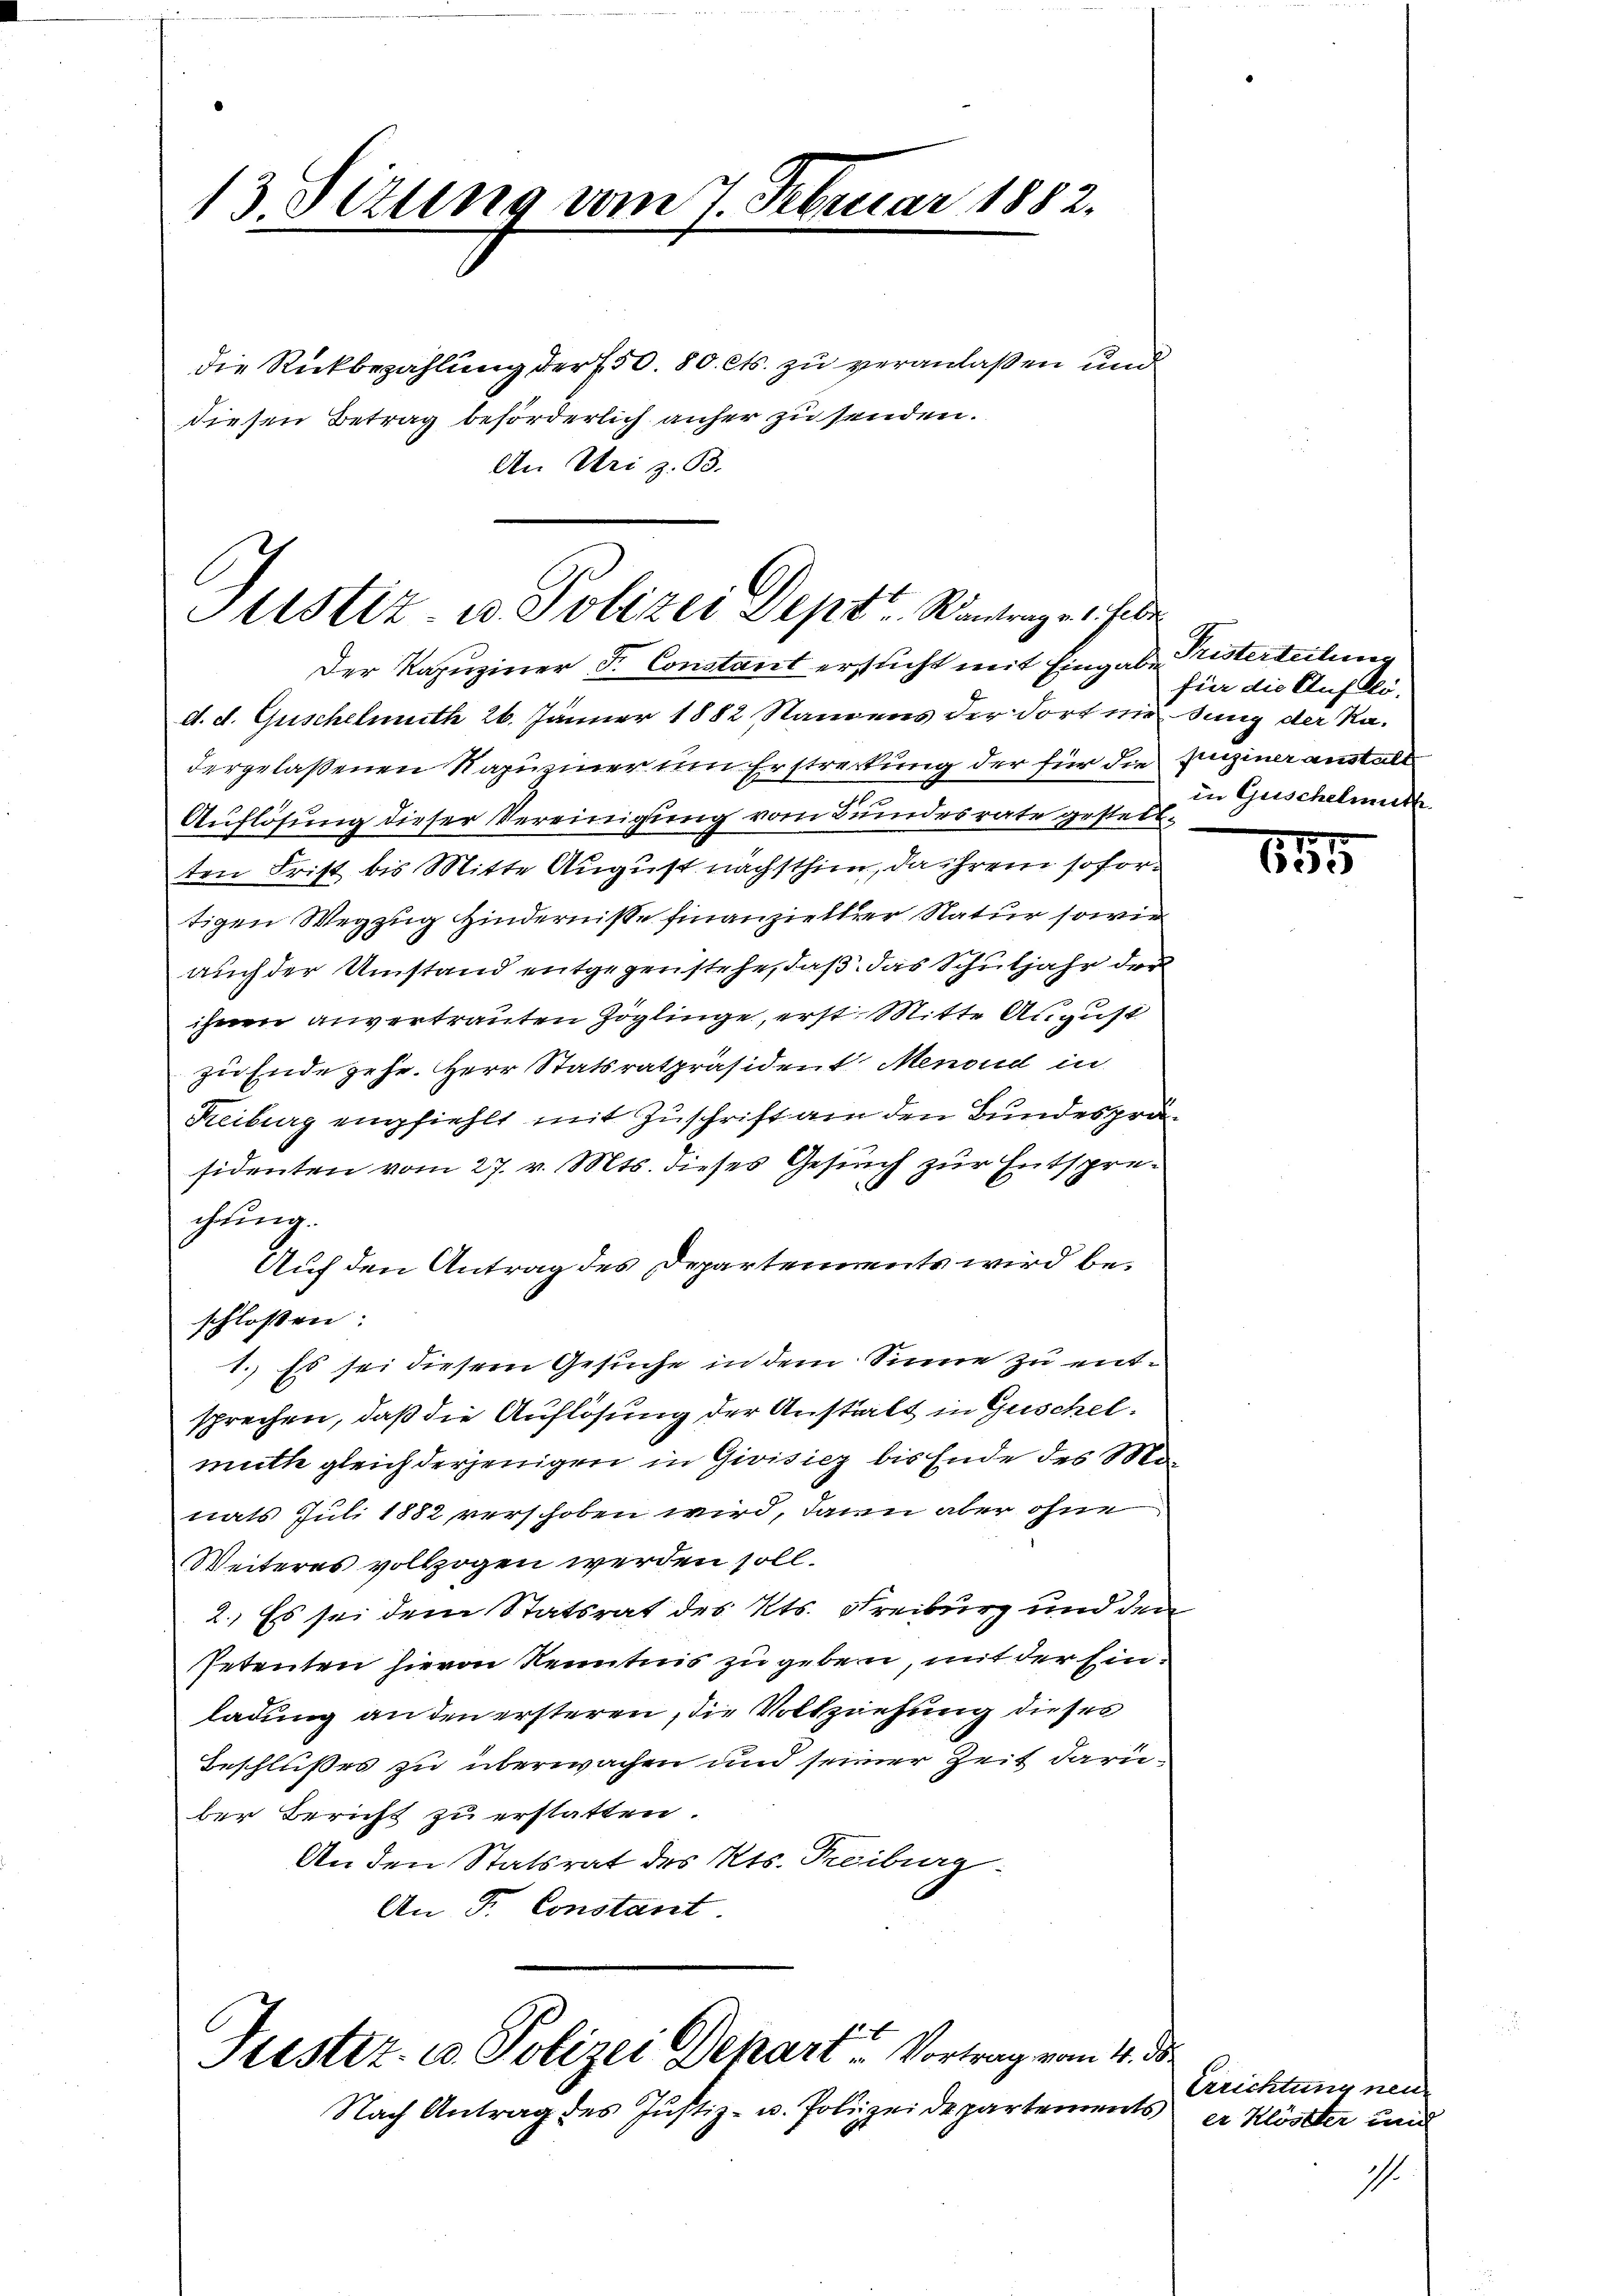
13 Titung vom 7. Februar 1882.

die Rückbezahlung der 750. 80. Cts. zu veranlaßen und
diesen Betrag beförderlich anher zu senden.
An Uri z. B.

Stistiz- u. Polizei Sept. Rintrag es habe

Justiz- u. Polizei Depart Vortrag vom 4. ds.

Der Kapuziner F. Constant ersucht mit Eingabe Fristerteilung
d. d. Guschelmuth 26. Jänner 1882 Namens der dort nie sung der Nadergelassenen Rapuziner um Erstreckung der für die Einziner anstalt
Auflösung dieser Vereinigung vom Bundesrate gestellten Frist bis Mitte August nächsthim, da ihrem sofortigen Wegzug hindernisse finanzieller Natur sowie
auch der Umstand entgegenstehe, daß das Schuljahr der
ihnen anvertrauten Zöglinge, erst. Mitte August
zu Ende gehe. Herr Statsratpräsident Menoud in
Freiburg empfiehlt mit Zuschrift am den Bundespräsidenten vom 27. v. Mts. dieses Gesuch zur Entsprechung.
Auf den Antrag des Departements wird beschlossen:
1. Es sei diesem Gesuche in dem Sinne zu entsprechen, daß die Auflösung der Anstalt in Geschelmuth gleich derjenigen in Givisiez bis Ende des M
nats Juli 1882 verschoben wird, dann aber ohne
Weiteres vollzogen werden soll.
2.) Es sei dem Statsrat des Kts. Freiburg und den
Petenten hievon Kenntnis zu geben, mit der Einladung an den ersteren, die Vollziehung dieses
Beschlußes zu überwachen und seiner Zeit darüber Bericht zu erstatten.
An den Statsrat des Kts. Treiburg
An Fr. Constant

Nach Antrag des Justiz- u. Polizeidepartements

fier die Aufblö-
in Geschelmuth

155

Errichtung neue
er Klöster und
I.